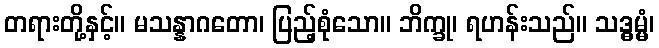
တရားတို့နှင့်။ မသန္နာဂတော၊ ပြည့်စုံသော။ ဘိက္ခု၊ ရဟန်းသည်။ သဒ္ဓမ္မံ၊